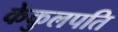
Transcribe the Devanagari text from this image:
केकुलपति